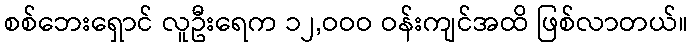
စစ်ဘေးရှောင် လူဦးရေက ၁၂,ဝဝဝ ဝန်းကျင်အထိ ဖြစ်လာတယ်။